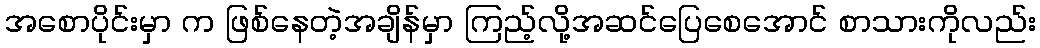
အစောပိုင်းမှာ က ဖြစ်နေတဲ့အချိန်မှာ ကြည့်လို့အဆင်ပြေစေအောင် စာသားကိုလည်း